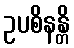
ဥပစိနန္တိ